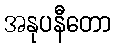
အနုပနီတော